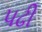
પઢી